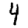
Digit: 4